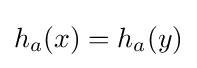
h_{a}(x)=h_{a}(y)